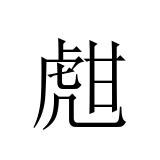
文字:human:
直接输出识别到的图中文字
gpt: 甝